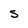
Character: S